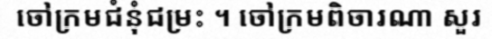
ចៅក្រមជំនុំជម្រះ ។ ចៅក្រមពិចារណា សួរ